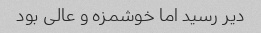
دیر رسید اما خوشمزه و عالى بود